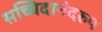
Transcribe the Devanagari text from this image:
सच्चिदानंदरुप